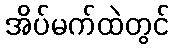
အိပ်မက်ထဲတွင်